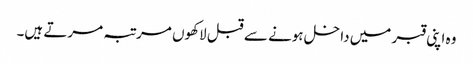
وہ اپنی قبر میں داخل ہونے سے قبل لاکھوں مرتبہ مرتے ہیں۔